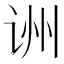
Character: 𬣱